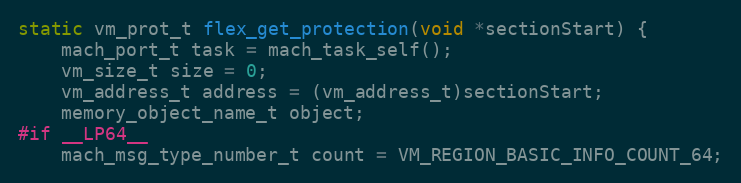
Language: C
static vm_prot_t flex_get_protection(void *sectionStart) {
    mach_port_t task = mach_task_self();
    vm_size_t size = 0;
    vm_address_t address = (vm_address_t)sectionStart;
    memory_object_name_t object;
#if __LP64__
    mach_msg_type_number_t count = VM_REGION_BASIC_INFO_COUNT_64;